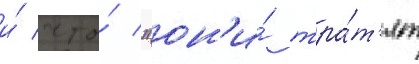
и́ что́ "он'и́ тра́т'ят